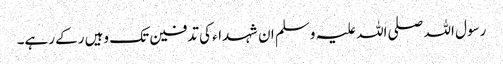
رسول اللہ صلی اللہ علیہ وسلم ان شہداء کی تدفین تک وہیں رکے رہے۔